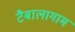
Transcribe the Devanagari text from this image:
टैबालागाम